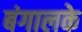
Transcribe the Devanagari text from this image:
बंगालके